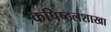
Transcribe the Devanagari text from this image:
कपिष्ठलशाखा